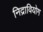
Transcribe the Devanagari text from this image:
निद्रावियोग